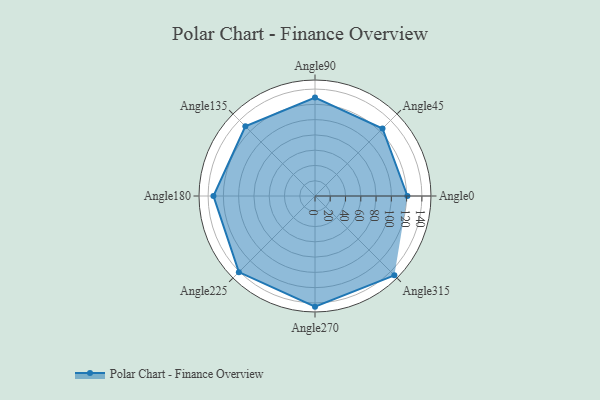
{"axis": {"x": "Angle", "y": "Radius"}, "legend": [""], "data": [{"x": "Angle0", "y": 121.0, "type": ""}, {"x": "Angle45", "y": 125.0, "type": ""}, {"x": "Angle90", "y": 129.0, "type": ""}, {"x": "Angle135", "y": 129.0, "type": ""}, {"x": "Angle180", "y": 133.0, "type": ""}, {"x": "Angle225", "y": 141.0, "type": ""}, {"x": "Angle270", "y": 145.0, "type": ""}, {"x": "Angle315", "y": 147.0, "type": ""}]}